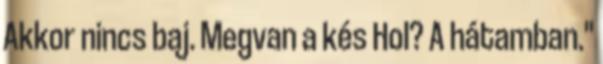
Akkor nincs baj. Megvan a kés Hol? A hátamban."